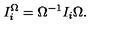
I _ { i } ^ { \Omega } = \Omega ^ { - 1 } I _ { i } \Omega .